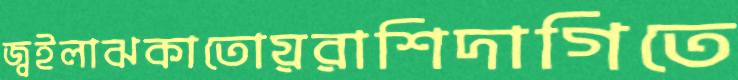
জ্বইলাঝকাতোয়রাশিদাগিতে